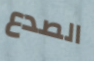
الصدع